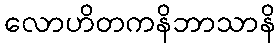
လောဟိတကနိဘာသာနိ